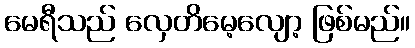
မေရီသည် လှေတိမေ့လျော့ ဖြစ်မည်။